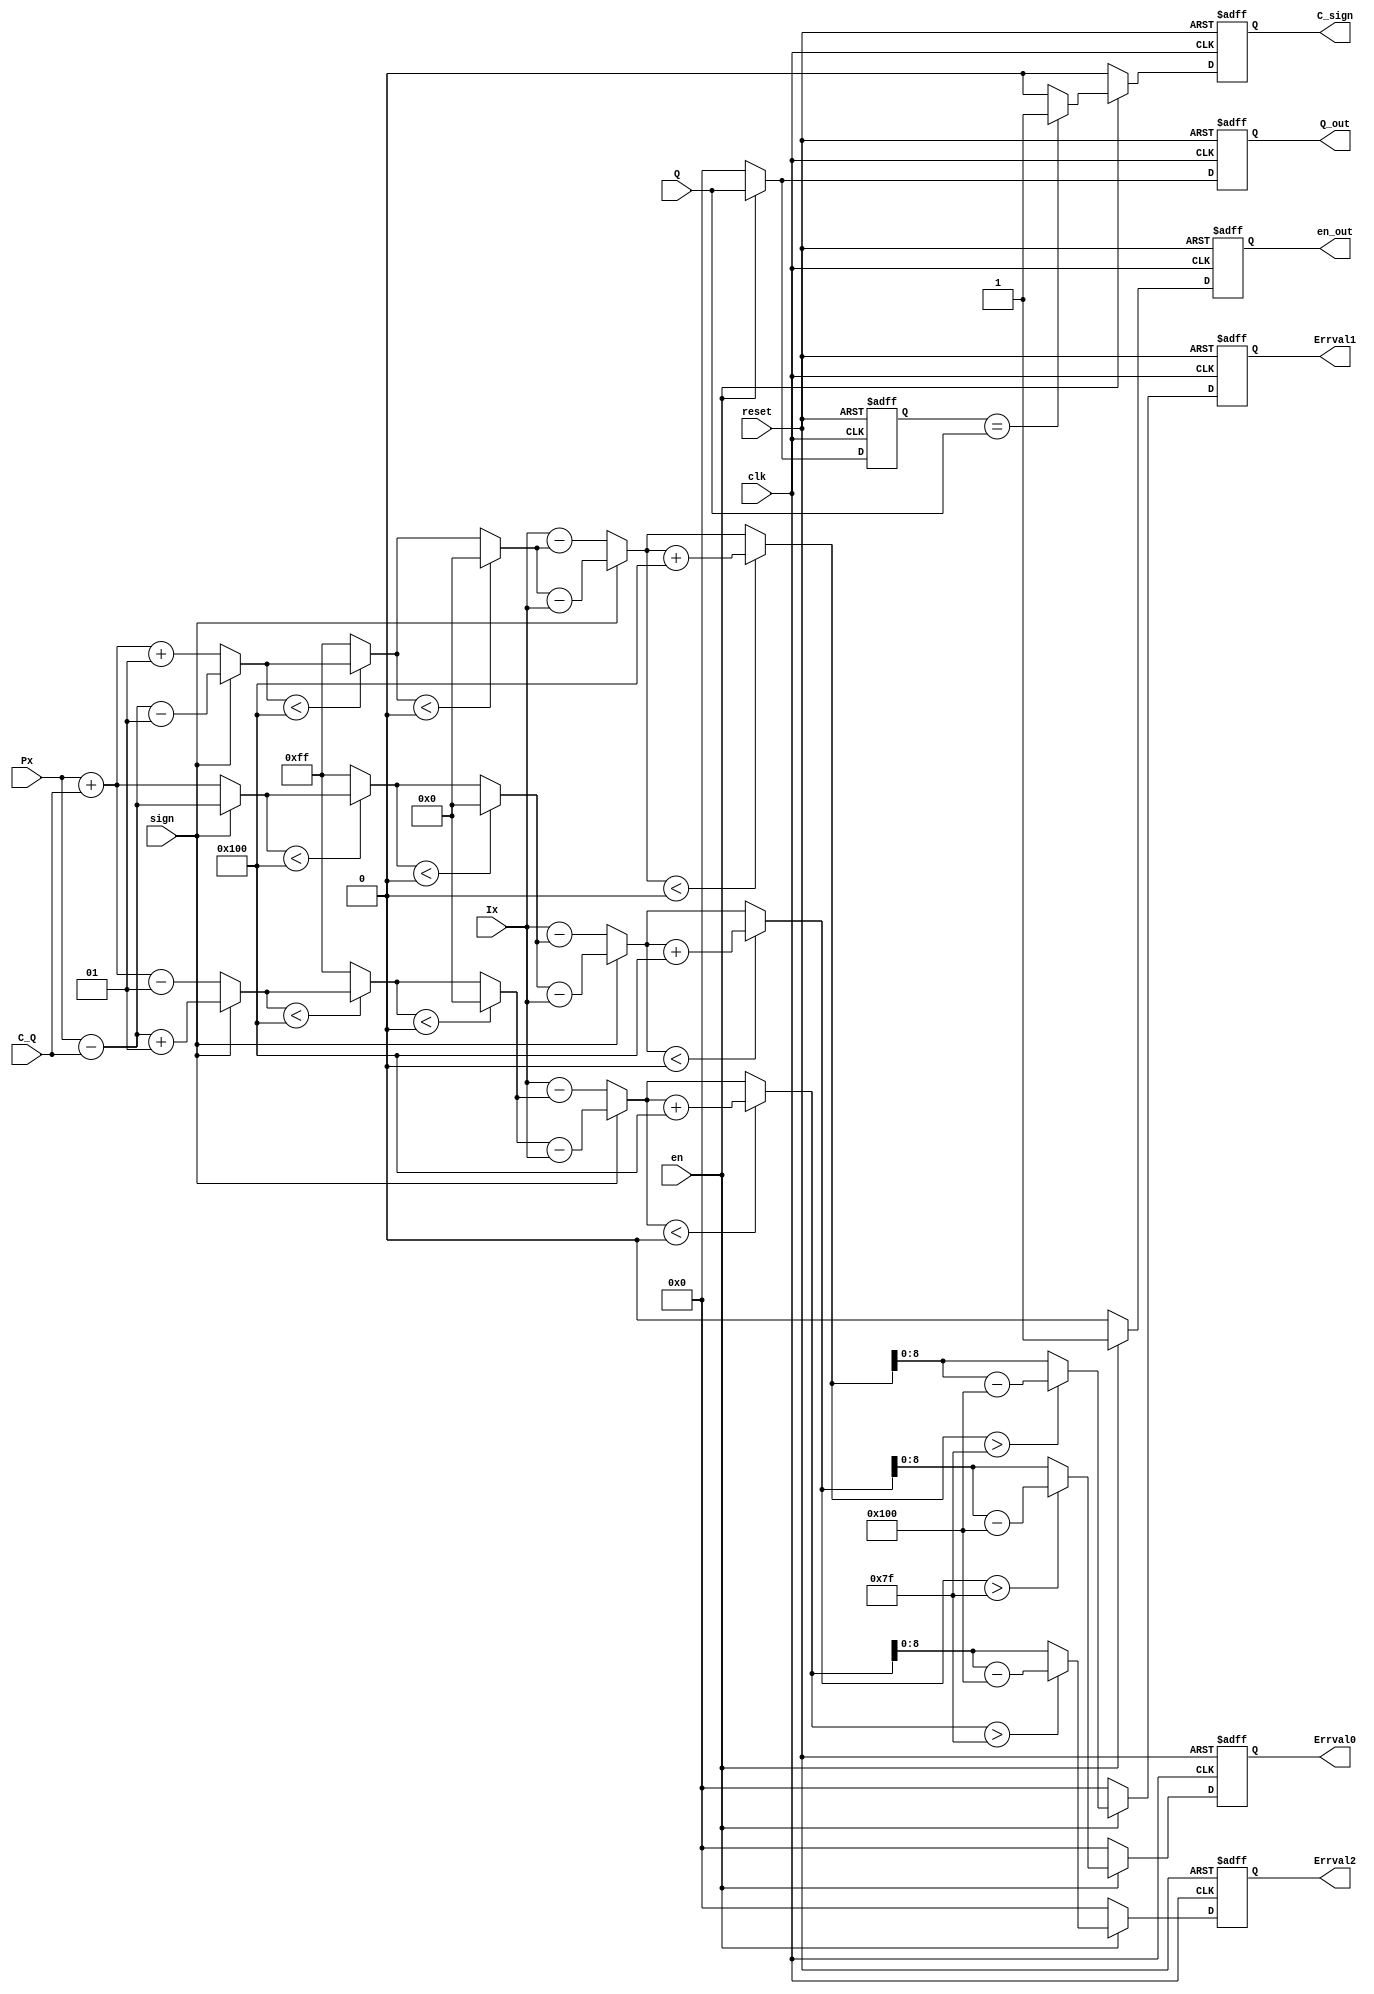
module Errval(clk, reset, en, Q, sign, C_Q, Ix, Px,
              C_sign,Q_out, Errval0, Errval1, Errval2, en_out);
    input clk;
    input reset;
    input en;
    input [8:0] Q;
    input sign;
	 input signed [7:0] C_Q;
    input  signed [8:0] Ix;
    input  signed [8:0] Px;
	// input signed [7:0] C_Q_update;
    output   C_sign;
	 output [8:0] Q_out;
    output [8:0] Errval0;
    output [8:0] Errval1;
    output [8:0] Errval2;
    output en_out;
   
	 reg  C_sign;
	 reg [8:0] Q_out;
    reg signed [8:0] Errval0;
    reg signed [8:0] Errval1;
    reg signed [8:0] Errval2;
    reg en_out;
	 
	 reg [8:0] Q_temp;// Q value in the last clock
	 
 
	 wire signed [7:0] C_Q;
	 
	 wire signed [9:0] px01,px02,px03;
	 wire signed [9:0] px11,px12,px13;
	 wire signed [9:0] px21,px22,px23;
	 
	 wire signed [9:0] errval_0,errval0_temp1,errval0_temp2;
	 wire signed [9:0] errval_1,errval1_temp1,errval1_temp2;
	 wire signed [9:0] errval_2,errval2_temp1,errval2_temp2;
	 
	 //assign C_Q=C_Q_in;//(Q==Q_out)?C_Q_update:C_Q_in;
	 
	 assign #1 px01=(sign==0)?(Px+C_Q):(Px-C_Q);  //A 4.2 prediction correction
	 assign #1  px02=(px01<256)?px01:10'b00_1111_1111;
	 assign #1 px03=(px02<0)?10'b00_0000_0000:px02;  //clamped to the range[0...255]
	 assign #1 errval_0=(sign==0)?(Ix-px03):(px03-Ix); //A 4.3 computation of predicton error
	 assign #1 errval0_temp1=(errval_0<0)?(errval_0+256):errval_0;
	 //A 4.5 modulo reduction of the predictor error
	 assign errval0_temp2=(errval0_temp1>127)?(errval0_temp1-256):errval0_temp1;
	 
	 
	 assign #1 px11=(sign==0)?(Px+C_Q+1):(Px-C_Q-1);
	 assign #1 px12=(px11<256)?px11:10'b00_1111_1111;
	 assign #1 px13=(px12<0)?10'b00_0000_0000:px12;
	 assign #1 errval_1=(sign==0)?(Ix-px13):(px13-Ix);
	 assign #1 errval1_temp1=(errval_1<0)?(errval_1+256):errval_1;
	 assign #1 errval1_temp2=(errval1_temp1>127)?(errval1_temp1-256):errval1_temp1;
	 
	 
	 assign #1 px21=(sign==0)?(Px+C_Q-1):(Px-C_Q+1);
	 assign #1 px22=(px21<256)?px21:10'b00_1111_1111;
	 assign #1 px23=(px22<0)?10'b00_0000_0000:px22;
	 assign #1 errval_2=(sign==0)?(Ix-px23):(px23-Ix);
	 assign #1 errval2_temp1=(errval_2<0)?(errval_2+256):errval_2;
	 assign #1 errval2_temp2=(errval2_temp1>127)?(errval2_temp1-256):errval2_temp1;
	 
	 
	 always@(posedge clk or negedge reset)
	 if(!reset)
	 begin
	 Errval0<=0;
	 Errval1<=0;
	 Errval2<=0;
	 en_out<=0;
	 end
	 else
	 if(en)
	  begin
	  en_out<=1;
	  Errval0<=errval0_temp2;
	  Errval1<=errval1_temp2;
	  Errval2<=errval2_temp2;
	  end
	 else
	  begin
	  en_out<=0;
	  Errval0<=0;
	  Errval1<=0;
	  Errval2<=0;
	  end
	 
	 always@(posedge clk or negedge reset)
	 if(!reset)
	 begin
	 Q_temp<=0;
	 Q_out<=0;
	 end
	 else if(en)
	 begin
	 Q_temp<=Q;
	 Q_out<=Q;
	 end
	 else
	 begin
	 Q_temp<=0;
	 Q_out<=0;
	 end
	 
	 always@(posedge clk or negedge reset)
	 if(!reset)
	 C_sign<=0;
	 else if(en)
	 C_sign<=(Q_temp==Q)?1:0;
	 else
	 C_sign<=0;
	 
	 


endmodule